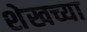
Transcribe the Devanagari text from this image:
शेखच्या